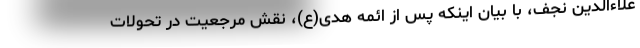
علاءالدین نجف، با بیان اینکه پس از ائمه‌ هدی(ع)، نقش مرجعیت در تحولات